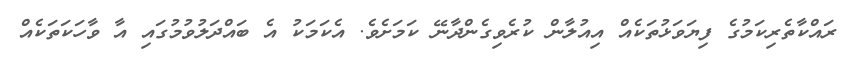
ރައްކާތެރިކަމުގެ ފިޔަވަޅުތަކެއް އިއުލާން ކުރެވިގެންދާނޭ ކަމަށެވެ. އެކަމަކު އެ ބައްދަލުވުމުގައި އާ ވާހަކަތަކެއް